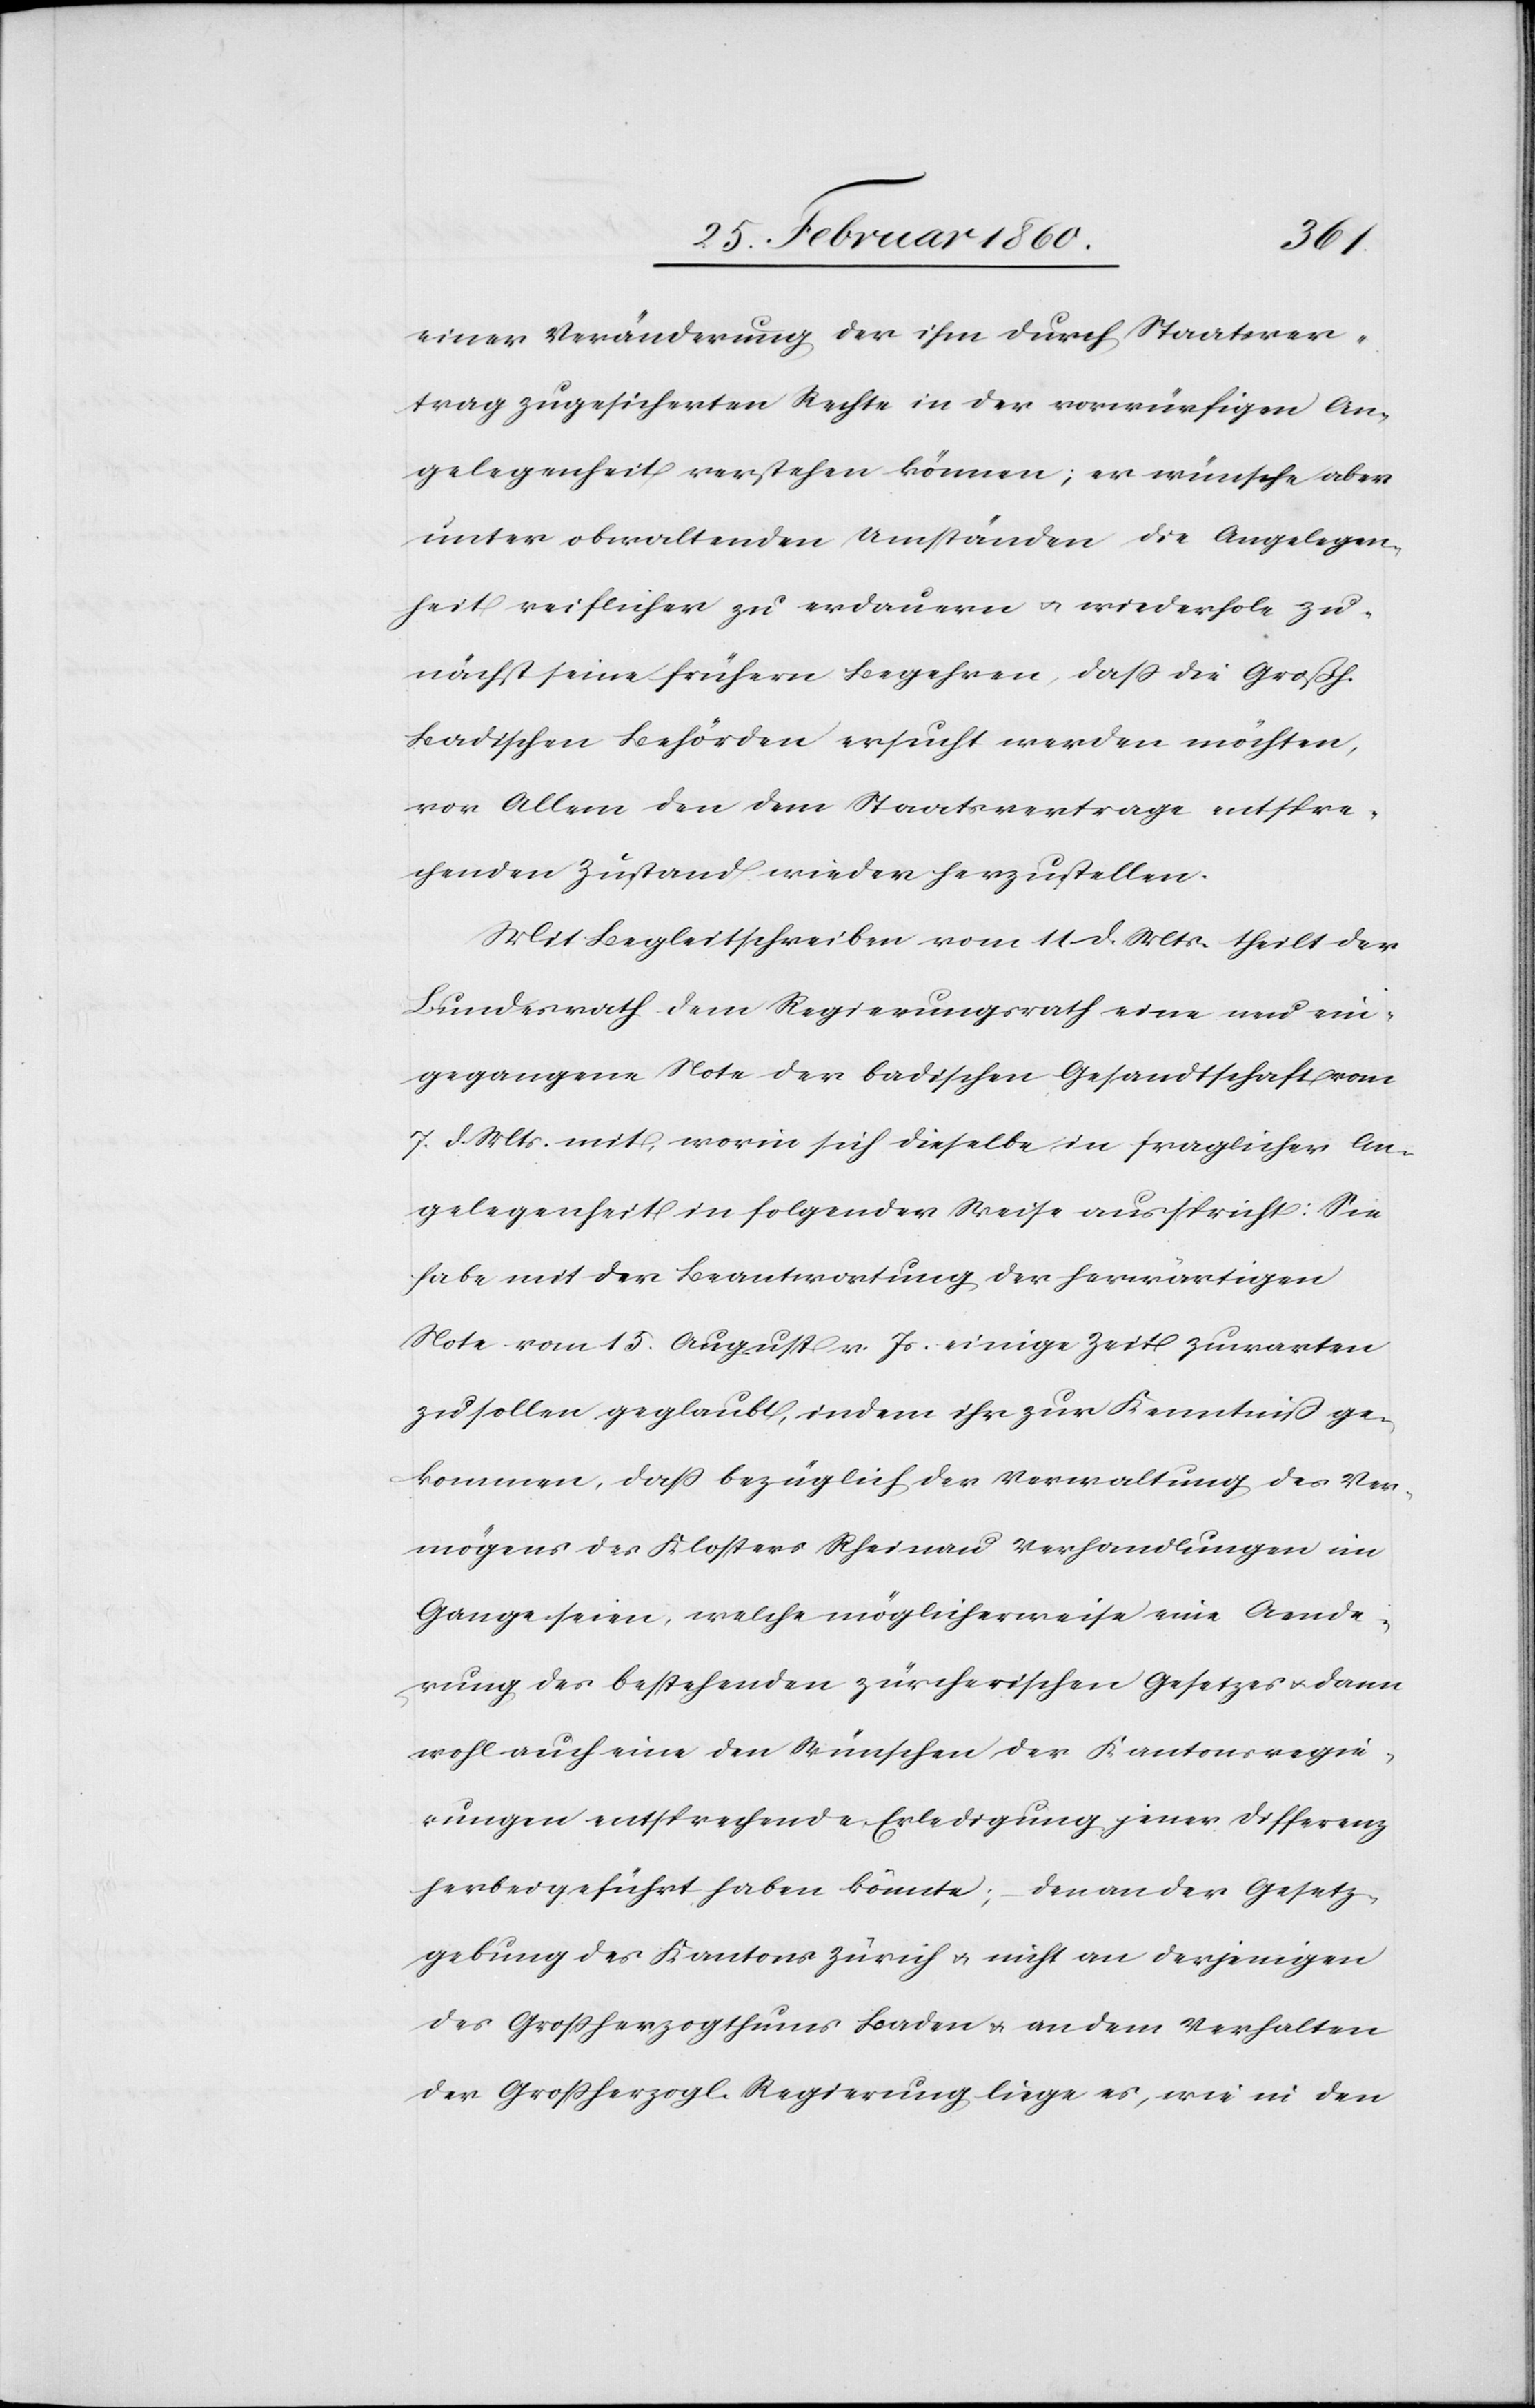
einer Veränderung der ihm durch Staatsver¬
trag zugesicherten Rechte in der vorwürfigen An¬
gelegenheit verstehen können; er wünsche aber
unter obwaltenden Umständen die Angelegen¬
heit reiflicher zu erdauern u. wiederhole zu¬
nächst seine frühern Begehren, daß die Grossh.
Badischen Behörden ersucht werden möchten,
vor Allem den dem Staatsvertrage entspre¬
chenden Zustand wieder herzustellen.
Mit Begleitschreiben vom 11. d. Mts. theilt der
Bundesrath dem Regierungsrath eine neu ein¬
gegangene Note der badischen Gesandtschaft vom
7. d. Mts. mit, worin sich dieselbe in fraglicher An¬
gelegenheit in folgender Weise ausspricht: Sie
habe mit der Beantwortung der herwärtigen
Note vom 15. August v. Js. einige Zeit zuwarten
zu sollen geglaubt, indem ihr zur Kenntniss ge¬
kommen, dass bezüglich der Verwaltung des Ver¬
mögens des Klosters Rheinau Verhandlungen im
Gange seien, welche möglicherweise eine Aende¬
rung des bestehenden zürcherischen Gesetzes u. dann
wohl auch einen den Wünschen der Kantonsregie¬
rungen entsprechende Erledigung jener Differenz
herbei geführt haben könnte; den an der Gesetz¬
gebung des Kantons Zürich u. nicht an derjenigen
des Großherzogthums Baden u. an dem Verhalten
der Grossherzogl. Regierung liege es, wie in den